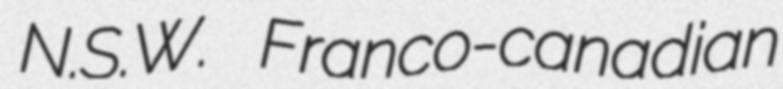
N.S.W. Franco-canadian